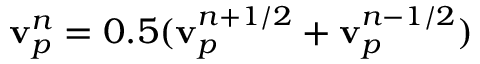
{ \bf { v } } _ { p } ^ { n } = 0 . 5 ( { \bf { v } } _ { p } ^ { n + 1 / 2 } + { \bf { v } } _ { p } ^ { n - 1 / 2 } )